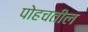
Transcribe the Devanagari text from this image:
पोहचतील